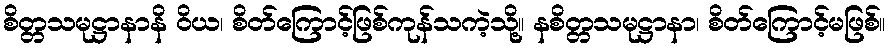
စိတ္တသမုဋ္ဌာနာနိ ဝိယ၊ စိတ်ကြောင့်ဖြစ်ကုန်သကဲ့သို့။ နစိတ္တသမုဋ္ဌာနာ၊ စိတ်ကြောင့်မဖြစ်။